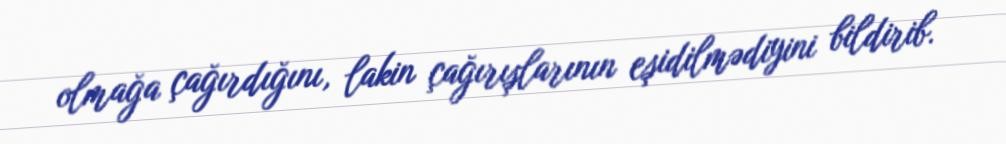
olmağa çağırdığını, lakin çağırışlarının eşidilmədiyini bildirib.